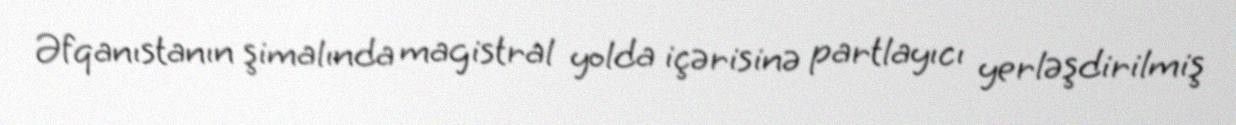
Əfqanıstanın şimalında magistral yolda içərisinə partlayıcı yerləşdirilmiş